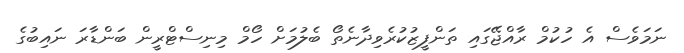
ނަމަވެސް އެ ހުކުމް ރާއްޖޭގައި ތަންފީޒުކުރެވިދާނެތޯ ބެލުމަށް ހޯމް މިނިސްޓްރީން ބަންޑާރަ ނައިބުގެ